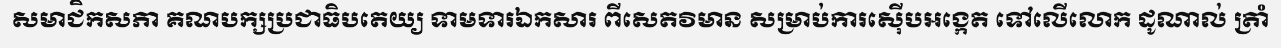
សមាជិកសភា គណបក្សប្រជាធិបតេយ្យ ទាមទារឯកសារ ពីសេតវិមាន សម្រាប់ការស៊ើបអង្កេត ទៅលើលោក ដូណាល់ ត្រាំ